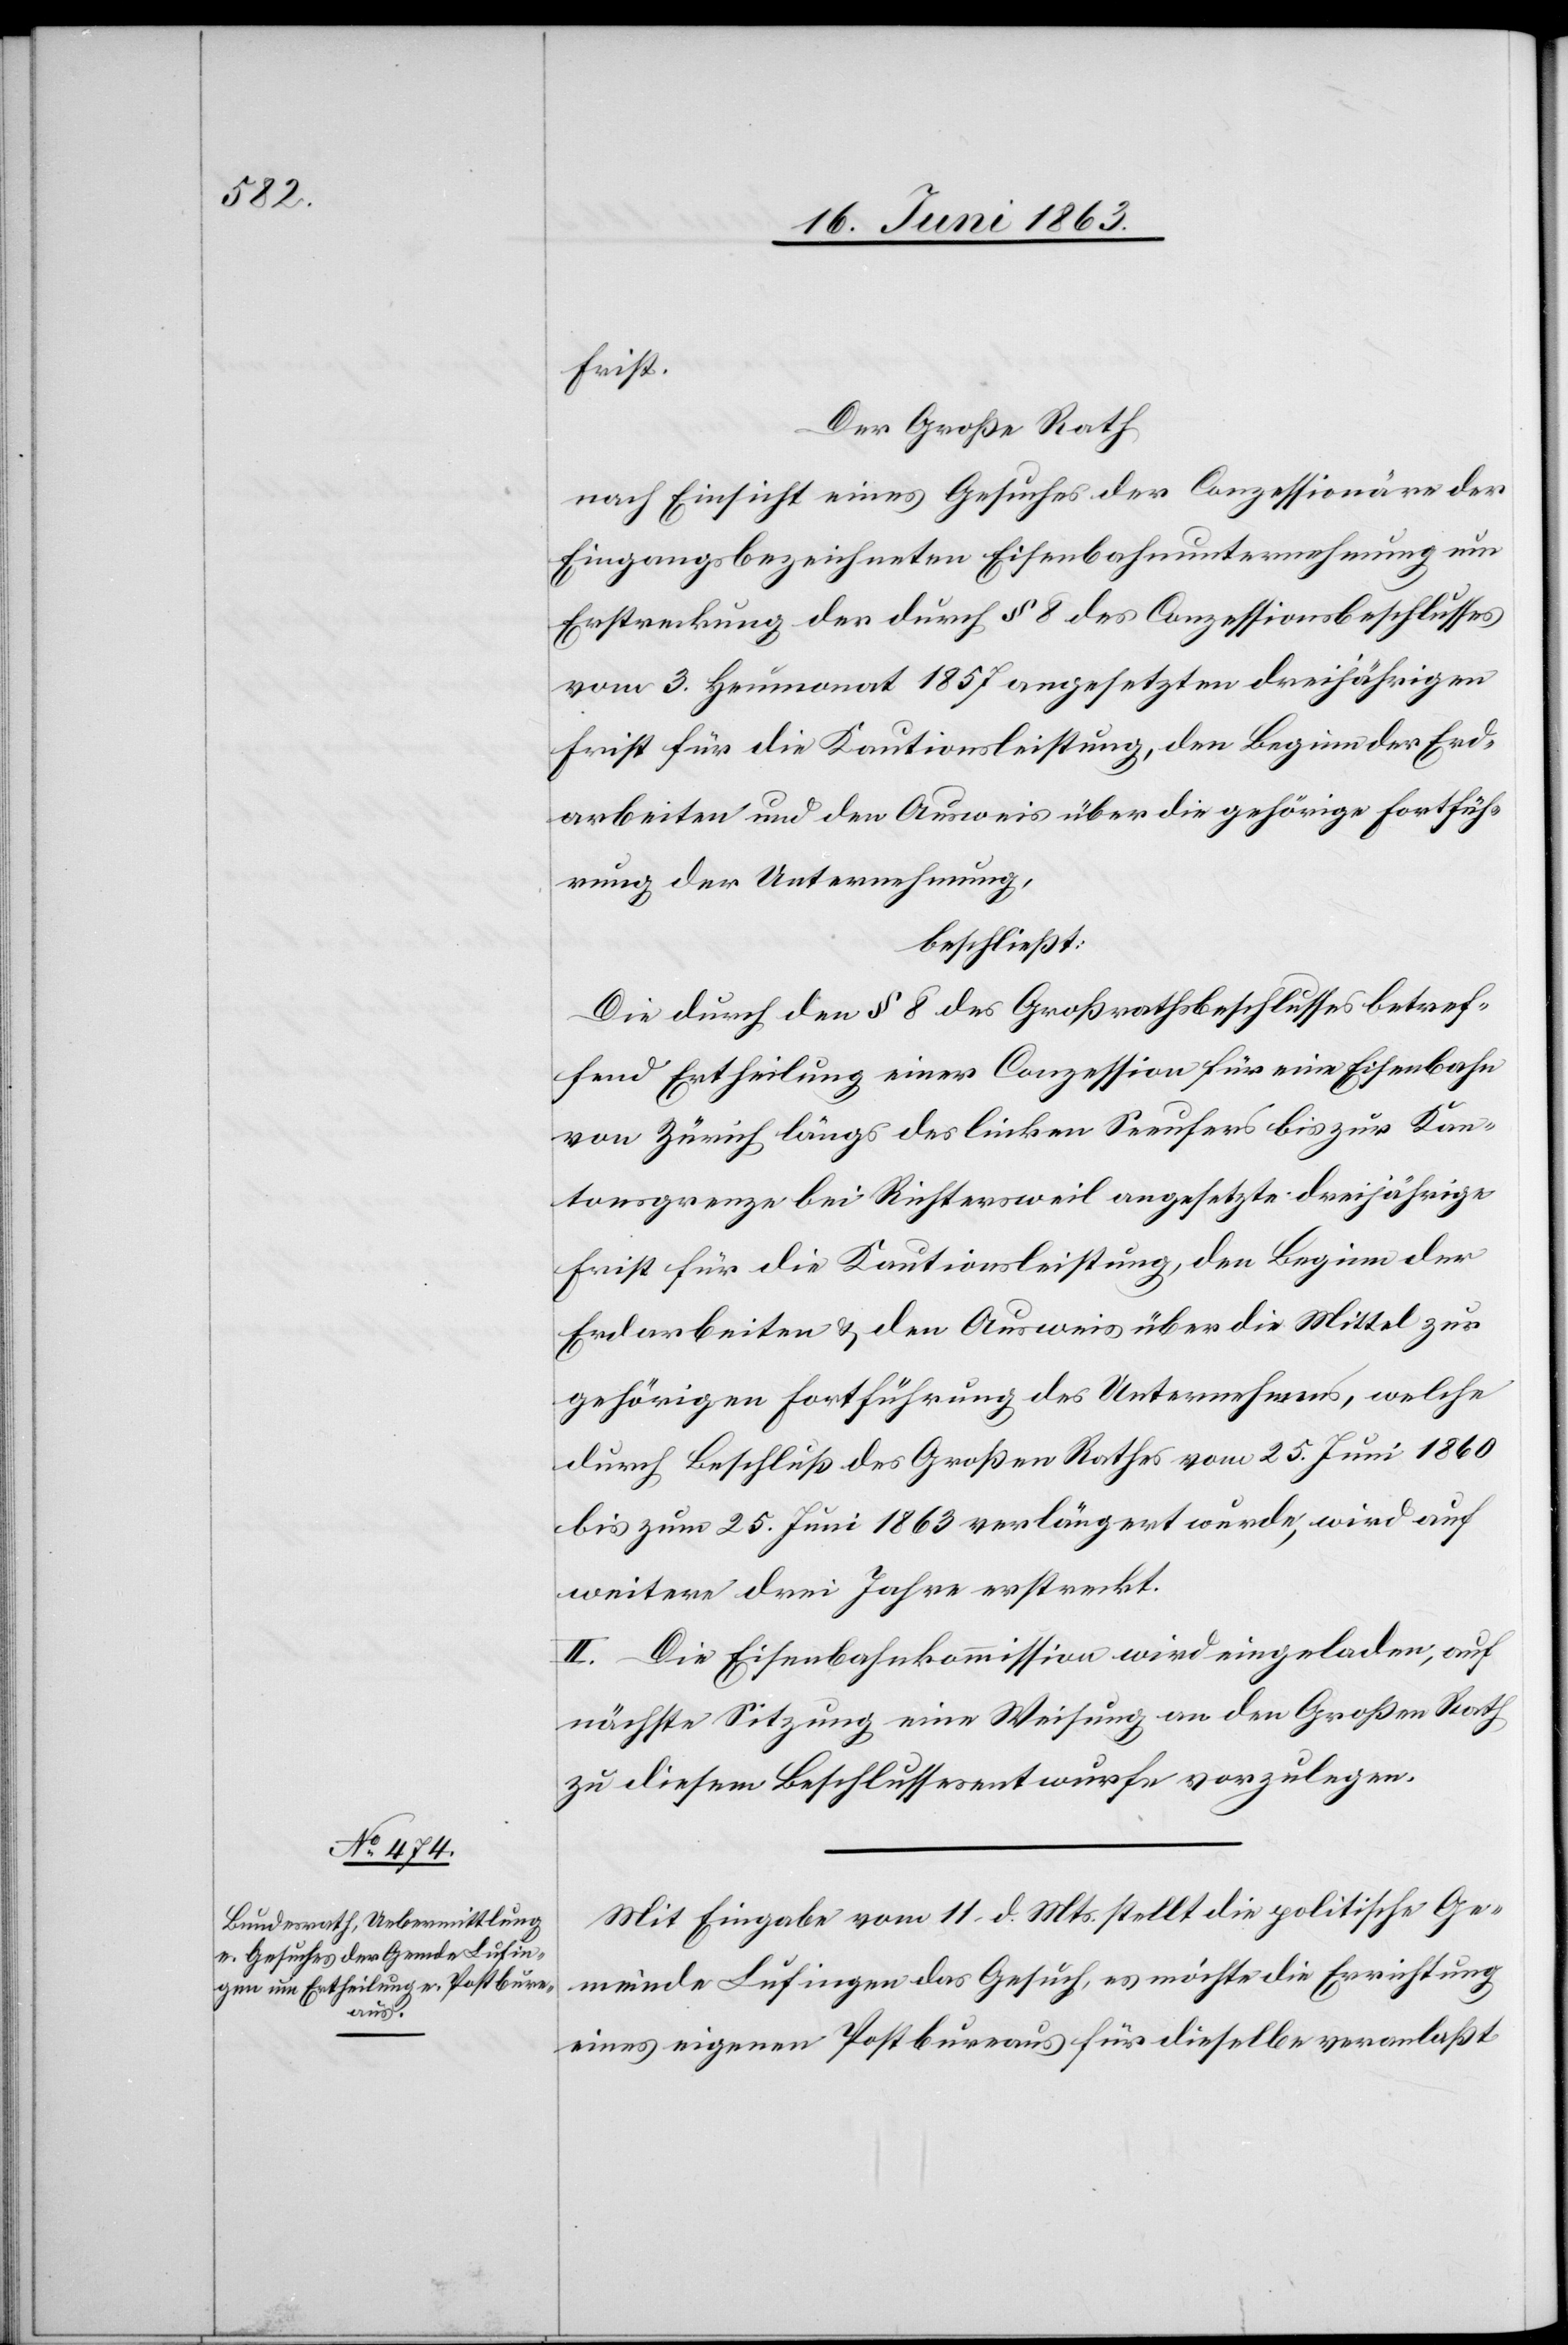
Frist.
Der Große Rath
nach Einsicht eines Gesuches der Conzessionäre der
Eingangsbezeichneten Eisenbahnunternehmung um
Erstreckung der durch § 8 des Conzessionsbeschlusses
vom 3. Heumonat 1857 angesetzten dreijährigen
Frist für die Kautionsleistung, den Beginn der Erd¬
arbeiten und den Ausweis über die gehörige Fortfüh¬
rung der Unternehmung,
beschließt:
Die durch den § 8 des Großrathsbeschlusses betref¬
fend Ertheilung einer Conzession für eine Eisenbahn
von Zürich längs des linken Seeufers bis zur Kan¬
tonsgrenze bei Richtersweil angesetzte dreijährige
Frist für die Kautionsleistung, den Beginn der
Erdarbeiten & den Ausweis über die Mittel zur
gehörigen Fortführung des Unternehmens, welche
durch Beschluß des Großen Rathes vom 25. Juni 1860
bis zum 25. Juni 1863 verlängert wurde, wird auf
weitere drei Jahre erstreckt.
II. Die Eisenbahnkommission wird eingeladen, auf
nächste Sitzung eine Weisung an den Großen Rath
zu diesem Beschlussesentwurf vorzulegen.
Mit Eingabe vom 11. d. Mts. stellt die politische Ge¬
meinde Lufingen das Gesuch, es möchte die Errichtung
eines eigenen Postbureaus für dieselbe veranlaßt